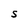
Character: S